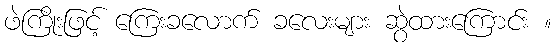
ဖဲကြိုးဖြင့် ကြေးခလောက် ခလေးများ ဆွဲထားကြောင်း ။